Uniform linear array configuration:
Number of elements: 32
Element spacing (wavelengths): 0.75
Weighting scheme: kaiser
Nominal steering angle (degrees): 15
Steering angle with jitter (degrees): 16.34
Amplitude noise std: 0.05
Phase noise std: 0.05

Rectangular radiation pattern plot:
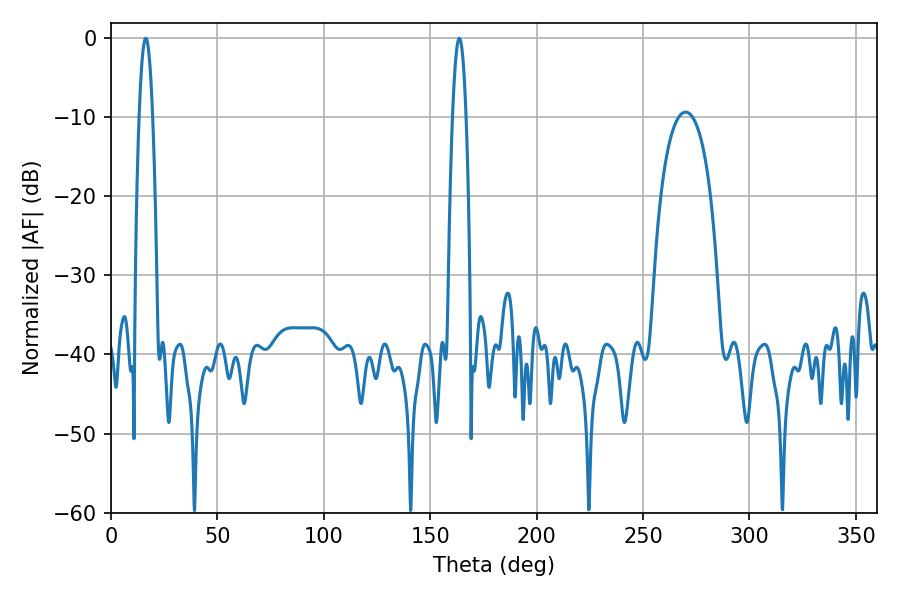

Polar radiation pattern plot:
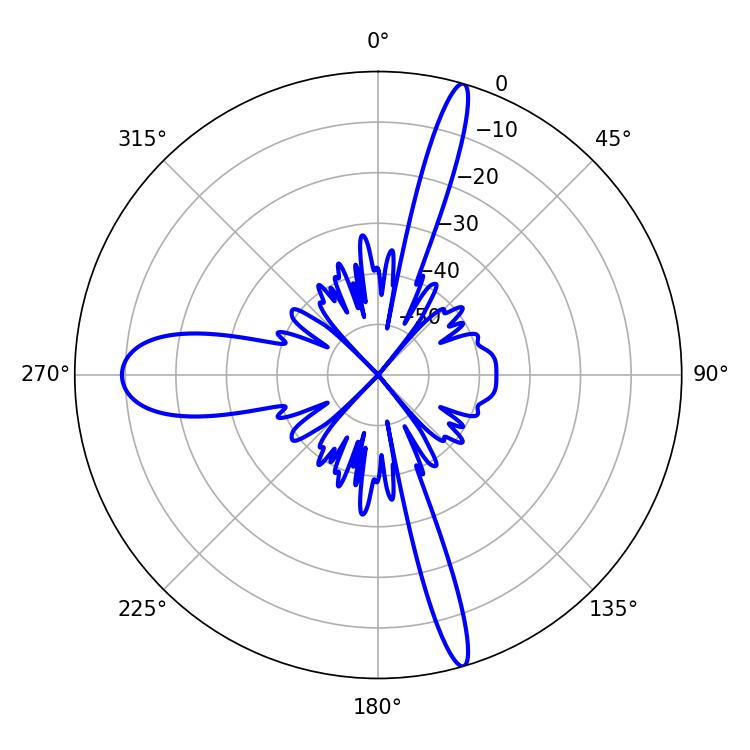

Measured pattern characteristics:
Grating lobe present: TRUE
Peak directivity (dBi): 23.359
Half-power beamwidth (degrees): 3.42
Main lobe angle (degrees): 16.38